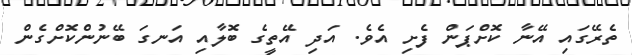
ތެރޭގައި އޭނާ ކޮށްޕަން ފެށި އެވެ. އަދި އޭތީގެ ބޮލާއި އަނގަ ބޭނުންކޮށްގެން